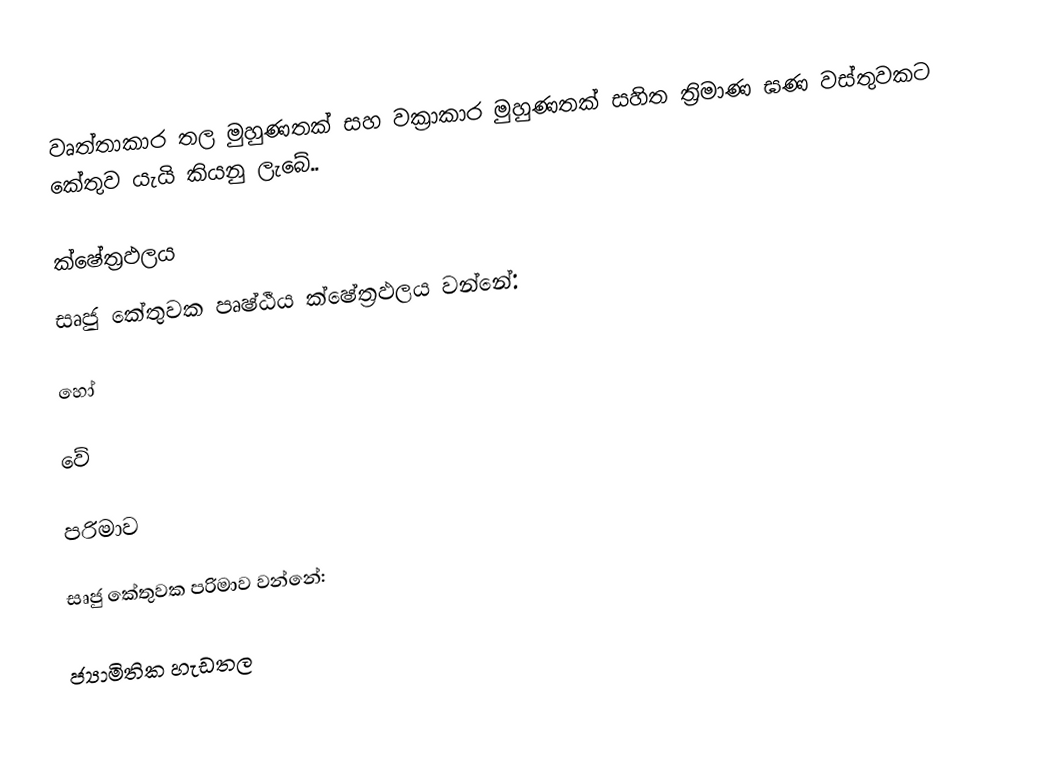
වෘත්තාකාර තල මුහුණතක් සහ වක්‍රාකාර මුහුණතක් සහිත ත්‍රිමාණ ඝණ වස්තුවකට කේතුව යැයි කියනු ලැබේ..

ක්ෂේත්‍රඵලය
සෘජු කේතුවක  පෘෂ්ඨීය ක්ෂේත්‍රඵලය වන්නේ:

හෝ

 වේ

පරිමාව

සෘජු කේතුවක පරිමාව වන්නේ:

ජ්‍යාමිතික හැඩතල​